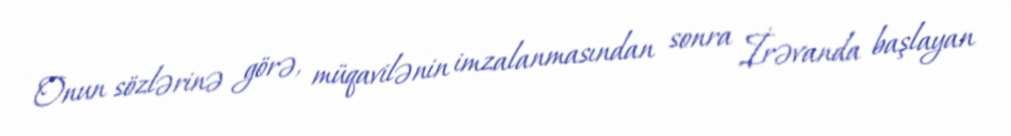
Onun sözlərinə görə, müqavilənin imzalanmasından sonra İrəvanda başlayan